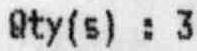
QTY(S) : 3